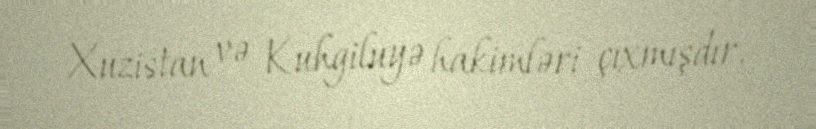
Xuzistan və Kuhgiluyə hakimləri çıxmışdır.